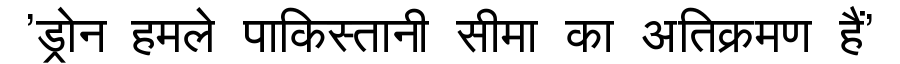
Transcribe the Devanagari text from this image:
'ड्रोन हमले पाकिस्तानी सीमा का अतिक्रमण हैं'